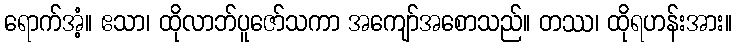
ရောက်အံ့။ ဧသာ၊ ထိုလာဘ်ပူဇော်သကာ အကျော်အစောသည်။ တဿ၊ ထိုရဟန်းအား။